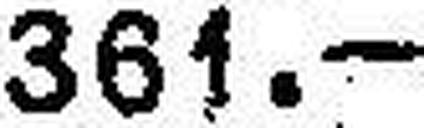
361.—